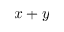
x + y